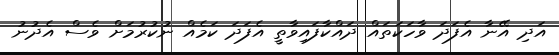
އަދި އޭނާ އެފަދަ ވާހަކަތައް ދައްކާފައިވާތީ އެފަދަ ކަމެއް ނުކުރުމަށް ވެސް އެދުނު